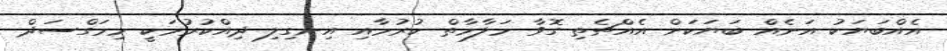
އެއްބަޔަކު އަނެއް ބަޔަކަށް އެއްޗެތި ގޮވާ މަލާމާތް ކުރުމާއި އިނގިލި ދިއްކުރުމަކީ މިމަގްސަދް